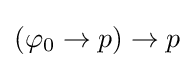
(\varphi _{0}\to p)\to p